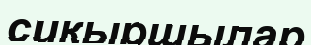
сиқыршылар